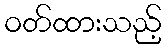
ဝတ်ထားသည့်